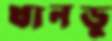
খানডু